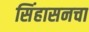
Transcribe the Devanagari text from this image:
सिंहासनचा